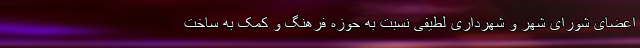
اعضای شورای شهر و شهرداری لطیفی نسبت به حوزه فرهنگ و کمک به ساخت